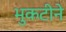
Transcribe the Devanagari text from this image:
भुकटीने